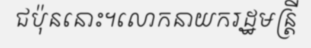
ជប៉ុននោះ។លោកនាយករដ្ឋមន្ត្រី